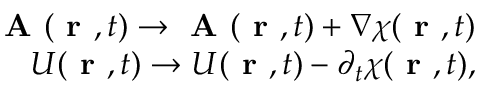
\begin{array} { r } { \textbf { A } ( \textbf { r } , t ) \rightarrow \textbf { A } ( \textbf { r } , t ) + \nabla \chi ( \textbf { r } , t ) } \\ { U ( \textbf { r } , t ) \rightarrow U ( \textbf { r } , t ) - \partial _ { t } \chi ( \textbf { r } , t ) , } \end{array}